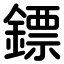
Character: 鏢